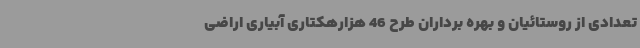
تعدادی از روستائیان و بهره برداران طرح 46 هزارهکتاری آبیاری اراضی